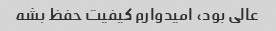
عالی بود، امیدوارم کیفیت حفظ بشه